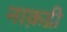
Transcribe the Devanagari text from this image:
नाक़द्री